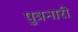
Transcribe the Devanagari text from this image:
पुत्रनारी